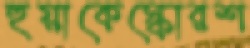
হুয়াকেস্কোরশ